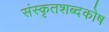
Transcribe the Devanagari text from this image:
संस्कृतशब्दकोष